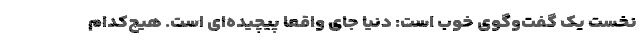
نخست یک گفت‌وگوی خوب است: دنیا جای واقعاً پیچیده‌ای است. هیچ‌کدام